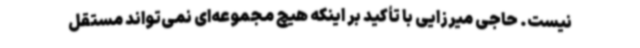
نیست. حاجی میرزایی با تأکید بر اینکه هیچ مجموعه‌ای نمی‌تواند مستقل